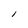
Character: I